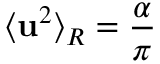
\langle { { \bf { u } } ^ { 2 } } \rangle _ { R } = \frac { \alpha } { \pi }